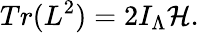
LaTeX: Tr(L^{2})=2I_{\Lambda}{\cal H}.